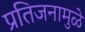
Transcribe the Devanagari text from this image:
प्रतिजनामुळे